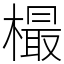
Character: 樶